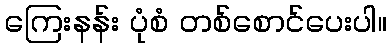
ကြေးနန်း ပုံစံ တစ်စောင်ပေးပါ။